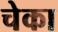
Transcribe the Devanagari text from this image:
चेका